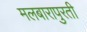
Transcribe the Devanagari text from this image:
मलबारापुरती